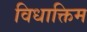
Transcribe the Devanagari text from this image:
विधाक्तिम